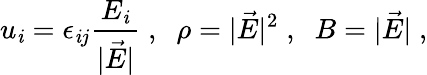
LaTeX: u_{\mathit{i}}=\epsilon_{\mathit{i}j}\frac{{E_{\mathit{i}}}}{{|\vec{{E}}|}}\; ,\; \; \rho=|\vec{{E}}|^{2}\; ,\; \; B=|\vec{{E}}|\; ,